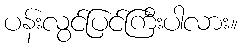
ပန်းလွင်ပြင်ကြီးပါလား။